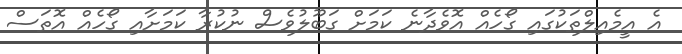
އެ އީމެއިލްތަކުގައި ގޯހެއް އޮވެދާނެ ކަމަށް ގަބޫލުވެސް ނުކުރާ ކަމަށާއި ގޯހެއް އޮތަސް